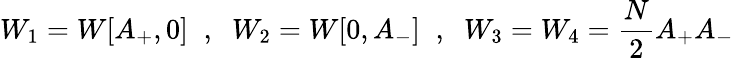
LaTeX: W_{1}=W[A_{+},0]\; \; ,\; \; W_{2}=W[0,A_{-}]\; \; ,\; \; W_{3}=W_{4}={\frac{N}{2}}A_{+}A_{-}